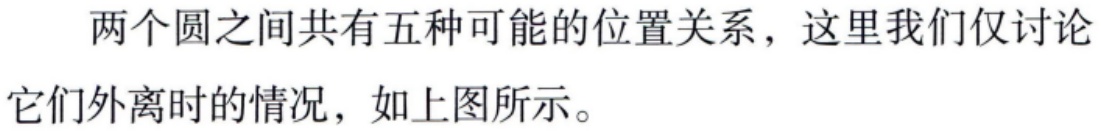
两个圆之间共有五种可能的位置关系，这里我们仅讨论它们外离时的情况，如上图所示。